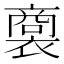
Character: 𧜟